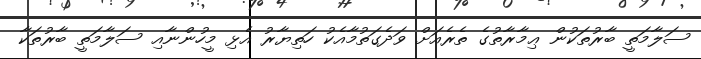
ސަލާމަތީ ބާރުތަކުން ޢިމާރާތުގެ ތެރެއަށް ވަދެގަތުމާއެކު ހަތިޔާރު އެޅި މީހުންނާއި ސަލާމަތީ ބާރުތަކާ